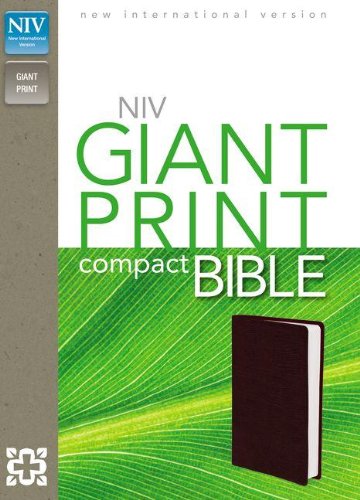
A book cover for NIV Giant Print Compact Bible; Zondervan; Christian Books & Bibles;